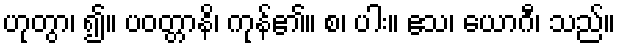
ဟုတွာ၊ ၍။ ပဝတ္တာနိ၊ ကုန်၏။ စ၊ ပါး။ ဧသ၊ ယောဂီ၊ သည်။